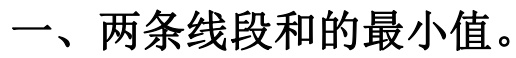
一、两条线段和的最小值。